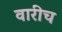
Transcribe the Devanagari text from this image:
वारीच